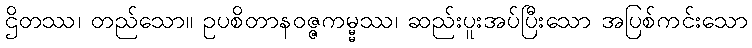
ဌိတဿ၊ တည်သော။ ဥပစိတာနဝဇ္ဇကမ္မ္မဿ၊ ဆည်းပူးအပ်ပြီးသော အပြစ်ကင်းသော